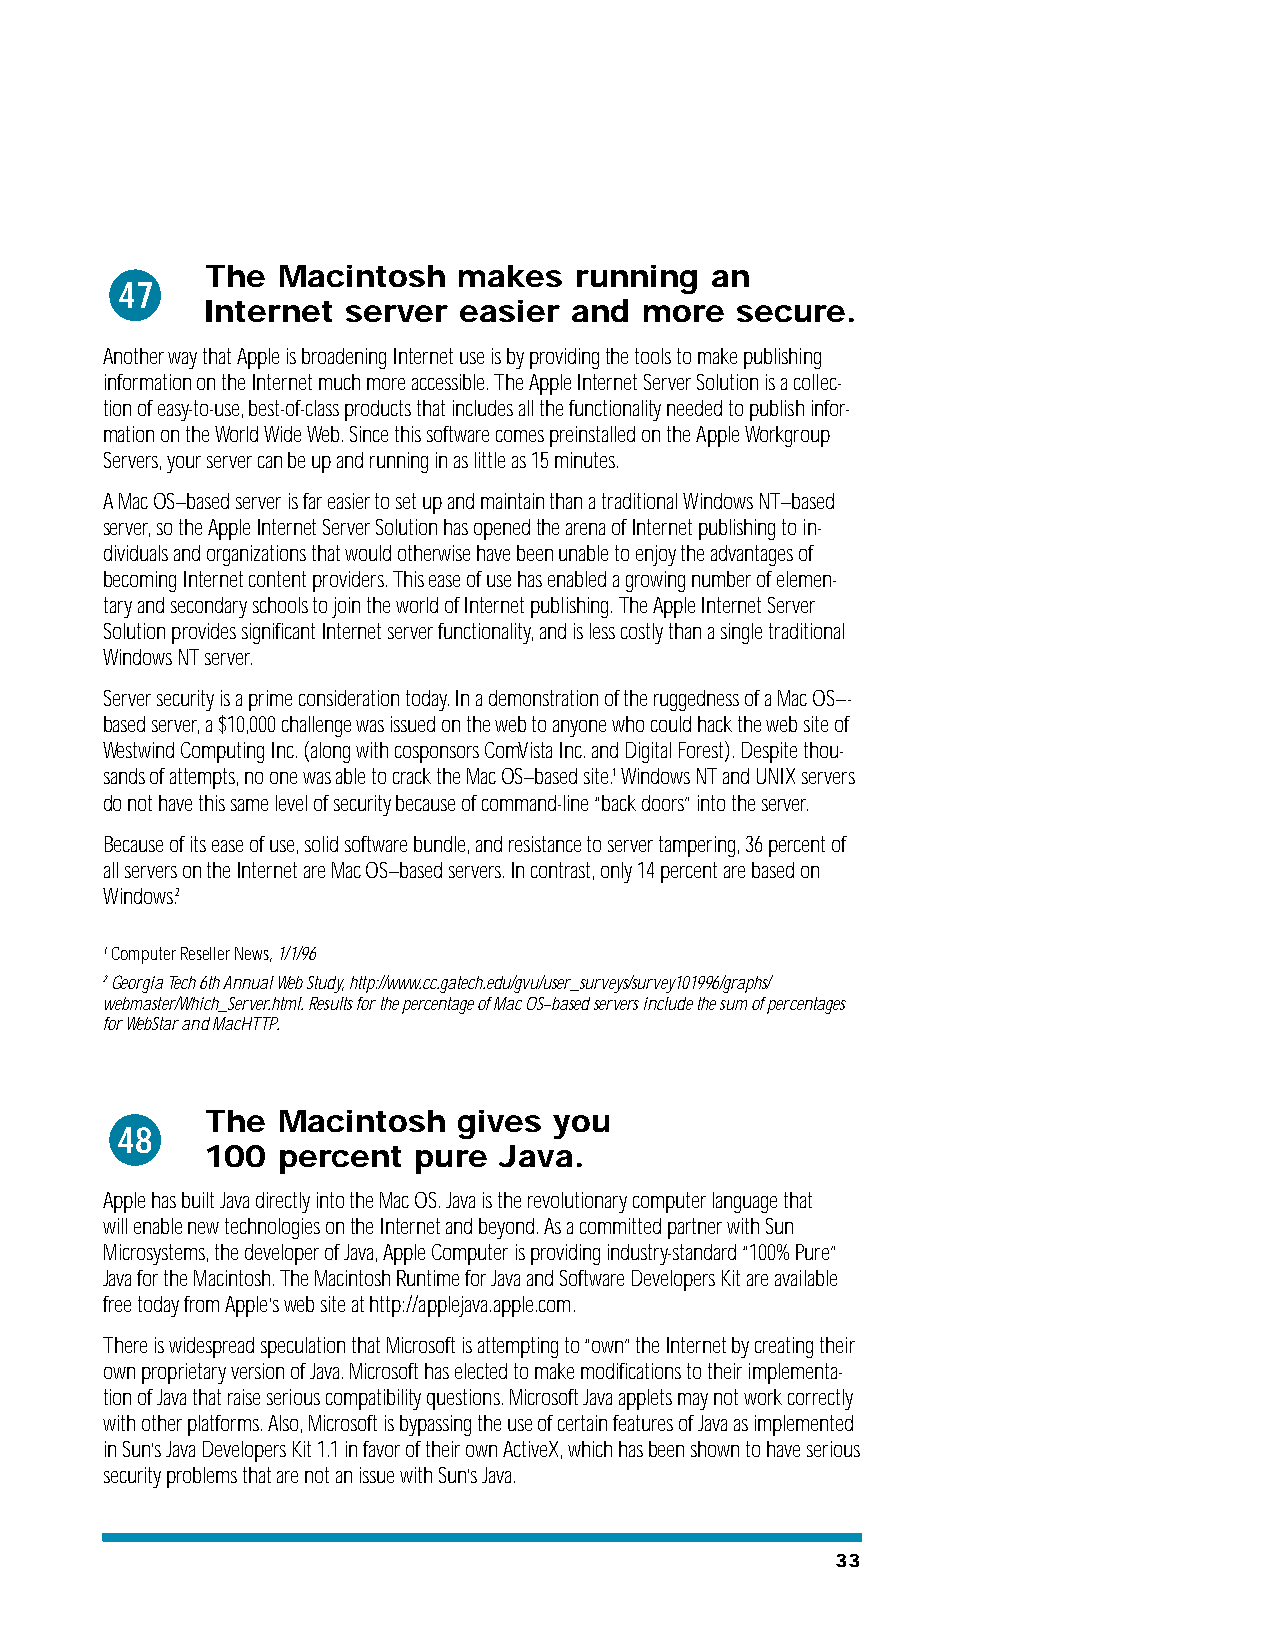
The Macintosh   makes   running  an
 47
 Internet  server easier  and  more  secure.
 Another way that Apple is broadening Internet use is by providing the tools to make publishing
 information on the Internet much more accessible. The Apple Internet Server Solution is a collec-
 tion of easy-to-use, best-of-class products that includes all the functionality needed to publish infor-
 mation on the World Wide Web. Since this software comes preinstalled on the Apple Workgroup
 Servers, your server can be up and running in as little as 15 minutes.
 A Mac OS–based server is far easier to set up and maintain than a traditional Windows NT–based
 server, so the Apple Internet Server Solution has opened the arena of Internet publishing to in-
 dividuals and organizations that would otherwise have been unable to enjoy the advantages of
 becoming Internet content providers. This ease of use has enabled a growing number of elemen-
 tary and secondary schools to join the world of Internet publishing. The Apple Internet Server
 Solution provides significant Internet server functionality, and is less costly than a single traditional
 Windows NT server.
 Server security is a prime consideration today. In a demonstration of the ruggedness of a Mac OS–-
 based server, a $10,000 challenge was issued on the web to anyone who could hack the web site of
 Westwind Computing Inc. (along with cosponsors ComVista Inc. and Digital Forest). Despite thou-
 sands of attempts, no one was able to crack the Mac OS–based site.1Windows NT and UNIX servers
 do not have this same level of security because of command-line “back doors” into the server.
 Because of its ease of use, solid software bundle, and resistance to server tampering, 36 percent of
 all servers on the Internet are Mac OS–based servers. In contrast, only 14 percent are based on
 Windows.2
 1Computer Reseller News, 1/1/96
 2Georgia Tech 6th Annual Web Study, http://www.cc.gatech.edu/gvu/user_surveys/survey101996/graphs/
 webmaster/Which_Server.html. Results for the percentage of Mac OS–based servers include the sum of percentages
 for WebStar and MacHTTP.
 The Macintosh   gives  you
 48
 100  percent  pure  Java.
 Apple has built Java directly into the Mac OS. Java is the revolutionary computer language that
 will enable new technologies on the Internet and beyond. As a committed partner with Sun
 Microsystems, the developer of Java, Apple Computer is providing industry-standard “100% Pure”
 Java for the Macintosh. The Macintosh Runtime for Java and Software Developers Kit are available
 free today from Apple’s web site at http://applejava.apple.com.
 There is widespread speculation that Microsoft is attempting to “own” the Internet by creating their
 own proprietary version of Java. Microsoft has elected to make modifications to their implementa-
 tion of Java that raise serious compatibility questions. Microsoft Java applets may not work correctly
 with other platforms. Also, Microsoft is bypassing the use of certain features of Java as implemented
 in Sun’s Java Developers Kit 1.1 in favor of their own ActiveX, which has been shown to have serious
 security problems that are not an issue with Sun’s Java.
 33